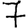
Digit: 7